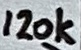
Text: 120k